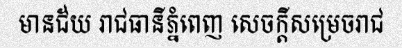
មានជ័យ រាជធានីភ្នំពេញ សេចក្តីសម្រេចរាជ